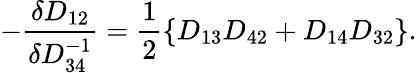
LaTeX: -\frac{\delta D_{12}}{\delta D_{34}^{-1}}=\frac{1}{2}\left\{ D_{13}D_{42}+D_{14}D_{32}\right\} .